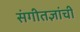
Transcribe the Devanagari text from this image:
संगीतज्ञांची